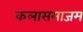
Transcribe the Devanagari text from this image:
कलासमाजम